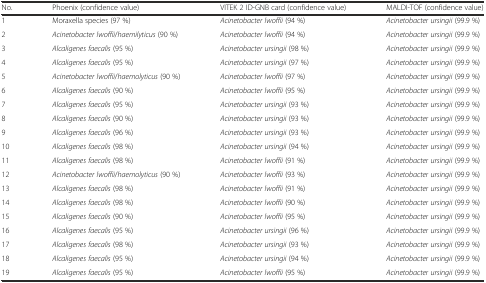
<table><thead><tr><td><b>No.</b></td><td><b>Phoenix (confidence value)</b></td><td><b>VITEK 2 ID-GNB card (confidence value)</b></td><td><b>MALDI-TOF (confidence value)</b></td></tr></thead><tbody><tr><td>1</td><td>Moraxella species (97 %)</td><td><i>Acinetobacter lwoffii</i> (94 %)</td><td><i>Acinetobacter ursingii</i> (99.9 %)</td></tr><tr><td>2</td><td><i>Acinetobacter lwoffii</i>/<i>haemilyticus</i> (90 %)</td><td><i>Acinetobacter lwoffii</i> (94 %)</td><td><i>Acinetobacter ursingii</i> (99.9 %)</td></tr><tr><td>3</td><td><i>Alcaligenes faecalis</i> (95 %)</td><td><i>Acinetobacter ursingii</i> (98 %)</td><td><i>Acinetobacter ursingii</i> (99.9 %)</td></tr><tr><td>4</td><td><i>Alcaligenes faecalis</i> (95 %)</td><td><i>Acinetobacter ursingii</i> (97 %)</td><td><i>Acinetobacter ursingii</i> (99.9 %)</td></tr><tr><td>5</td><td><i>Acinetobacter lwoffii</i>/<i>haemolyticus</i> (90 %)</td><td><i>Acinetobacter lwoffii</i> (97 %)</td><td><i>Acinetobacter ursingii</i> (99.9 %)</td></tr><tr><td>6</td><td><i>Alcaligenes faecalis</i> (90 %)</td><td><i>Acinetobacter lwoffii</i> (95 %)</td><td><i>Acinetobacter ursingii</i> (99.9 %)</td></tr><tr><td>7</td><td><i>Alcaligenes faecalis</i> (95 %)</td><td><i>Acinetobacter ursingii</i> (93 %)</td><td><i>Acinetobacter ursingii</i> (99.9 %)</td></tr><tr><td>8</td><td><i>Alcaligenes faecalis</i> (90 %)</td><td><i>Acinetobacter ursingii</i> (93 %)</td><td><i>Acinetobacter ursingii</i> (99.9 %)</td></tr><tr><td>9</td><td><i>Alcaligenes faecalis</i> (96 %)</td><td><i>Acinetobacter ursingii</i> (93 %)</td><td><i>Acinetobacter ursingii</i> (99.9 %)</td></tr><tr><td>10</td><td><i>Alcaligenes faecalis</i> (98 %)</td><td><i>Acinetobacter ursingii</i> (94 %)</td><td><i>Acinetobacter ursingii</i> (99.9 %)</td></tr><tr><td>11</td><td><i>Alcaligenes faecalis</i> (98 %)</td><td><i>Acinetobacter lwoffii</i> (91 %)</td><td><i>Acinetobacter ursingii</i> (99.9 %)</td></tr><tr><td>12</td><td><i>Acinetobacter lwoffii</i>/<i>haemolyticus</i> (90 %)</td><td><i>Acinetobacter lwoffii</i> (93 %)</td><td><i>Acinetobacter ursingii</i> (99.9 %)</td></tr><tr><td>13</td><td><i>Alcaligenes faecalis</i> (98 %)</td><td><i>Acinetobacter lwoffii</i> (91 %)</td><td><i>Acinetobacter ursingii</i> (99.9 %)</td></tr><tr><td>14</td><td><i>Alcaligenes faecalis</i> (98 %)</td><td><i>Acinetobacter lwoffii</i> (90 %)</td><td><i>Acinetobacter ursingii</i> (99.9 %)</td></tr><tr><td>15</td><td><i>Alcaligenes faecalis</i> (90 %)</td><td><i>Acinetobacter lwoffii</i> (95 %)</td><td><i>Acinetobacter ursingii</i> (99.9 %)</td></tr><tr><td>16</td><td><i>Alcaligenes faecalis</i> (95 %)</td><td><i>Acinetobacter ursingii</i> (96 %)</td><td><i>Acinetobacter ursingii</i> (99.9 %)</td></tr><tr><td>17</td><td><i>Alcaligenes faecalis</i> (98 %)</td><td><i>Acinetobacter ursingii</i> (93 %)</td><td><i>Acinetobacter ursingii</i> (99.9 %)</td></tr><tr><td>18</td><td><i>Alcaligenes faecalis</i> (95 %)</td><td><i>Acinetobacter ursingii</i> (94 %)</td><td><i>Acinetobacter ursingii</i> (99.9 %)</td></tr><tr><td>19</td><td><i>Alcaligenes faecalis</i> (95 %)</td><td><i>Acinetobacter lwoffii</i> (95 %)</td><td><i>Acinetobacter ursingii</i> (99.9 %)</td></tr></tbody></table>